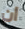
ان